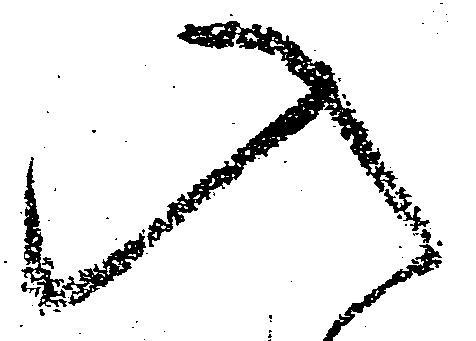
入